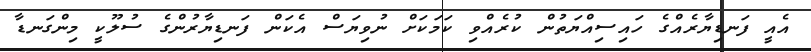
އެއީ ފަނޑިޔާރެއްގެ ހައިސިއްޔަތުން ކުރެއްވި ކަމަކަށް ނުވިޔަސް އެކަން ފަނޑިޔާރުންގެ ސުލޫކީ މިންގަނޑާ